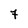
Character: 7